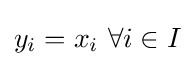
y_{i}=x_{i}\ \forall i\in I